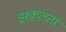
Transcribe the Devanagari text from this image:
इश्कलता